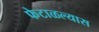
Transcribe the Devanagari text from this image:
फेटाळल्यास